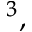
^ 3 ,